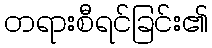
တရားစီရင်ခြင်း၏